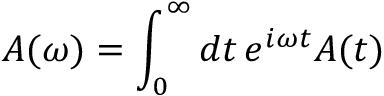
A ( \omega ) = \int _ { 0 } ^ { \infty } d t \, e ^ { i \omega t } A ( t )